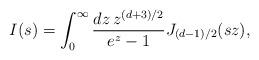
LaTeX: \begin{align*}I(s)=\int_0^\infty{dz\,z^{(d+3)/2}\over e^z-1}J_{(d-1)/2}(sz),\end{align*}